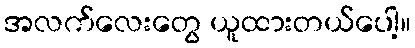
အလက်လေးတွေ ယူထားတယ်ပေါ့။